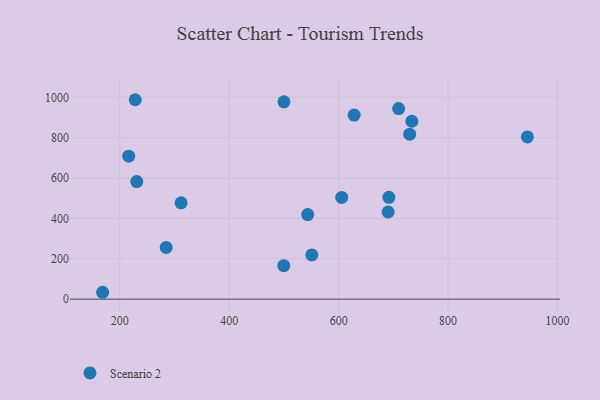
{"axis": {"x": "Distance", "y": "Yield"}, "legend": ["Scenario 2"], "data": [{"x": "733.7", "y": 881.5, "type": "Scenario 2"}, {"x": "628.3", "y": 912.2, "type": "Scenario 2"}, {"x": "691.8", "y": 504.4, "type": "Scenario 2"}, {"x": "543.4", "y": 419.2, "type": "Scenario 2"}, {"x": "551.0", "y": 219.2, "type": "Scenario 2"}, {"x": "944.9", "y": 803.6, "type": "Scenario 2"}, {"x": "168.6", "y": 34.0, "type": "Scenario 2"}, {"x": "284.8", "y": 256.0, "type": "Scenario 2"}, {"x": "709.6", "y": 944.0, "type": "Scenario 2"}, {"x": "312.0", "y": 477.3, "type": "Scenario 2"}, {"x": "231.0", "y": 582.7, "type": "Scenario 2"}, {"x": "690.4", "y": 431.7, "type": "Scenario 2"}, {"x": "228.2", "y": 988.1, "type": "Scenario 2"}, {"x": "729.8", "y": 817.6, "type": "Scenario 2"}, {"x": "500.0", "y": 977.5, "type": "Scenario 2"}, {"x": "499.7", "y": 165.8, "type": "Scenario 2"}, {"x": "605.6", "y": 504.2, "type": "Scenario 2"}, {"x": "216.2", "y": 708.4, "type": "Scenario 2"}]}